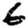
Digit: 6